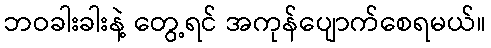
ဘဝခါးခါးနဲ့ တွေ့ရင် အကုန်ပျောက်စေရမယ်။